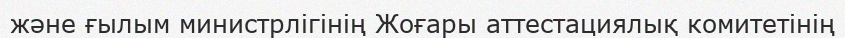
және ғылым министрлігінің Жоғары аттестациялық комитетінің